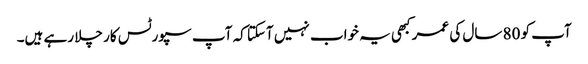
آپ کو 80 سال کی عمر کبھی یہ خواب نہیں آسکتا کہ آپ سپورٹس کار چلا رہے ہیں۔